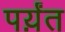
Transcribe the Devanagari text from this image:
पर्य़ंत